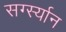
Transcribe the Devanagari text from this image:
सर्ग्स्यान